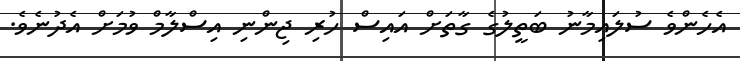
އެހެންވެ ސުލައިމާނު ބަތީލުގެ ގާތަށް އައިސް ހުރި ޖިންނި އިސްލާމް ވުމަށް އެދުނެވެ.